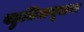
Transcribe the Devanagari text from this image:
बहुजिवाणूजन्य